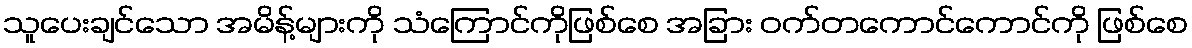
သူပေးချင်သော အမိန့်များကို သံကြောင်ကိုဖြစ်စေ အခြား ဝက်တကောင်ကောင်ကို ဖြစ်စေ